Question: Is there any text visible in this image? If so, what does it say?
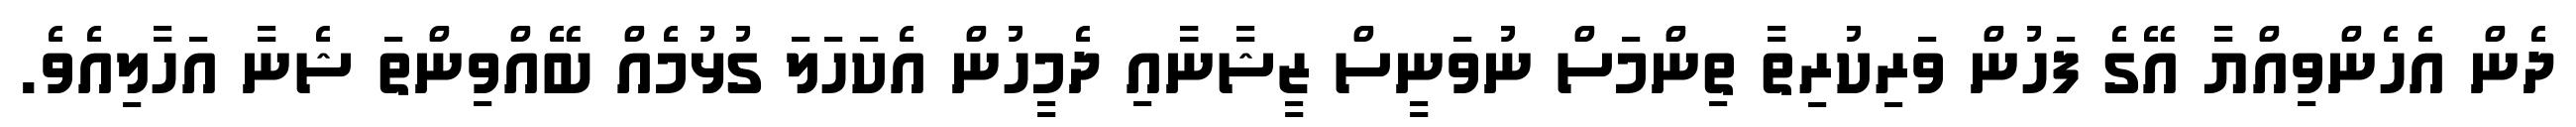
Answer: ދެން އެހެންވިއްޔާ އޭގެ ފަހުން ވަރިކުރިތާ ތިންމަސް ނުވަނީސް ޒީޝާނާާއި ދެމީހުން އެކަހަލަ ގުޅުމެއް ބޭއްވިންތަ ޝެނާ އަހާލިއެވެ.